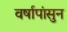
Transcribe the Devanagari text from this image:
वर्षापांसुन